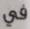
في